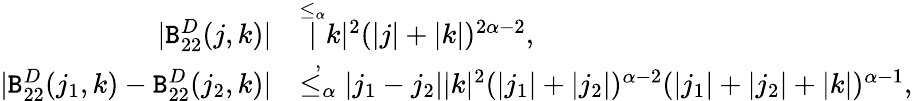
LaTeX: \begin{array}{rl}{|\mathtt{B}_{22}^{D}(j,k)|}&{\overset{\le_{\alpha}}|k|^{2}(|j|+|k|)^{2\alpha-2},}\\ {|\mathtt{B}_{22}^{D}(j_{1},k)-\mathtt{B}_{22}^{D}(j_{2},k)|}&{\overset{,}{\le_{\alpha}}|j_{1}-j_{2}||k|^{2}(|j_{1}|+|j_{2}|)^{\alpha-2}(|j_{1}|+|j_{2}|+|k|)^{\alpha-1},}\end{array}